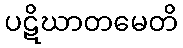
ပဋိဃာတမေတိ